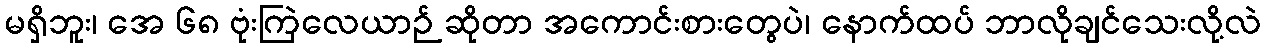
မရှိဘူး၊ အေ ၆၈ ဗုံးကြဲလေယာဉ် ဆိုတာ အကောင်းစားတွေပဲ၊ နောက်ထပ် ဘာလိုချင်သေးလို့လဲ